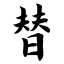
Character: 替